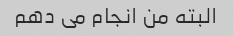
البته من انجام می دهم